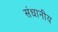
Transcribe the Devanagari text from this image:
संधानीय